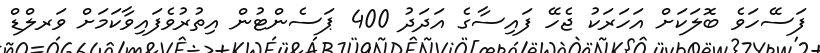
ފަސޭހަވެ ބޮލަކަށް އަހަރަކު ޖެހޭ ފައިސާގެ އަދަދު 400 ޕަސެންޓުން އިތުރުވެފައިވާކަމަށް ވަރލްޑް